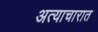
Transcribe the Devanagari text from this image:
अत्याचारात